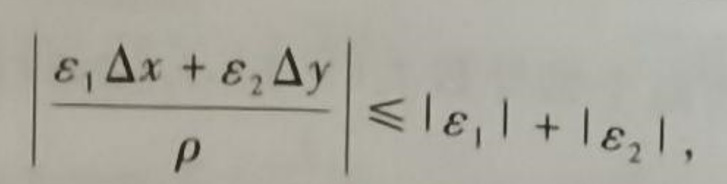
\(\left|\frac{\varepsilon_{1}\Delta x+\varepsilon_{2}\Delta y}{\rho}\right|\leqslant|\varepsilon_{1}|+|\varepsilon_{2}|\)